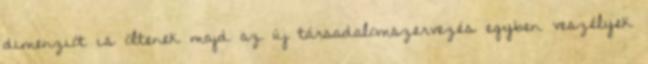
dimenziót is öltenek majd az új társadalomszervezés egyben veszélyek